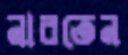
নাবতেন